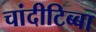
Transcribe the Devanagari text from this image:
चांदीटिब्बा